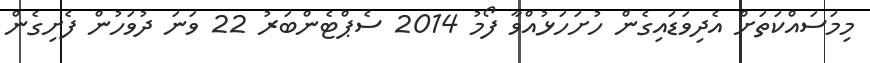
މިމަސައްކަތަށް އެދިވަޑައިގެން ހުށަހަޅުއްވާ ފޯމު 2014 ސެޕްޓެންބަރު 22 ވަނަ ދުވަހުން ފެށިގެން